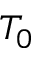
T _ { 0 }